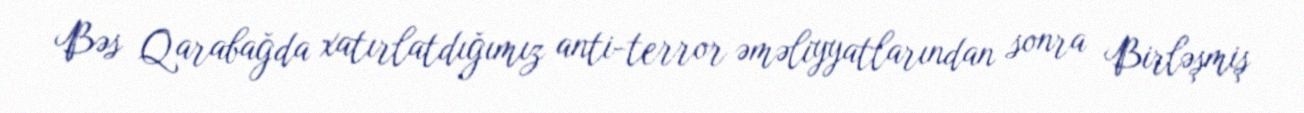
Bəs Qarabağda xatırlatdığımız anti­terror əməliyyatlarından sonra Birləşmiş